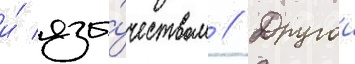
и́ язы́чеством // Другои